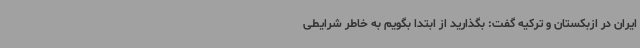
ایران در ازبکستان و ترکیه گفت: بگذارید از ابتدا بگویم به خاطر شرایطی